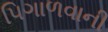
પિગાળવાની